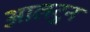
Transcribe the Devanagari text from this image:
आलटुन